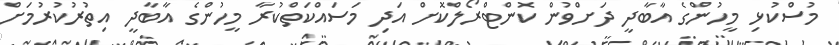
މުސްކުޅި މީހުންގެ އާބާދީ ދަށްވުން ކޮންޓްރޯލްކޮށް އަދި މަސައްކަތްކުރާ މީހުންގެ އާބާދީ އިތުރުކުރުމަށް